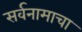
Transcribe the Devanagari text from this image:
सर्वनामाचा